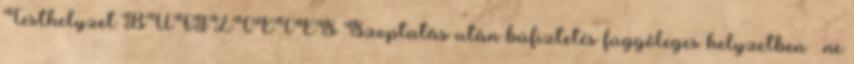
Testhelyzet BÜFIZTETÉS Szoptatás után büfiztetés függőleges helyzetben – ne